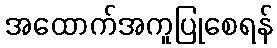
အထောက်အကူပြုစေရန်